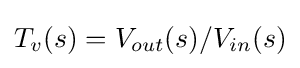
{T_{v}(s)=V_{out}(s)/V_{in}(s)}